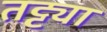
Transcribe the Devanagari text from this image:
तट्ट्या